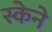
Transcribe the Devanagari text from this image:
स्केने